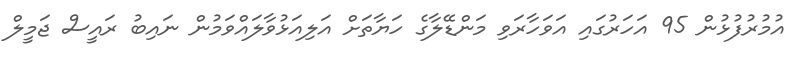
އުމުރުފުޅުން 95 އަހަރުގައި އަވަހާރަވި މަންޑޭލާގެ ހަޔާތަށް އަލިއަޅުވާލައްވަމުން ނައިބު ރައީސް ޖަމީލް